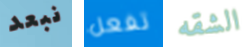
نبعد تفعل الشقه